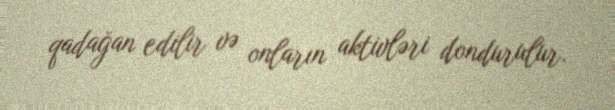
qadağan edilir və onların aktivləri dondurulur.